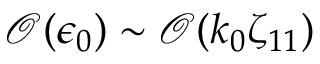
\mathcal { O } ( \epsilon _ { 0 } ) \sim \mathcal { O } ( k _ { 0 } \zeta _ { 1 1 } )